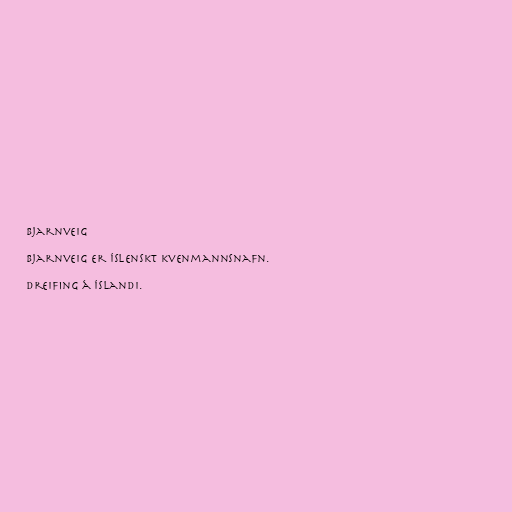
Bjarnveig

Bjarnveig er íslenskt kvenmannsnafn.

Dreifing á Íslandi.